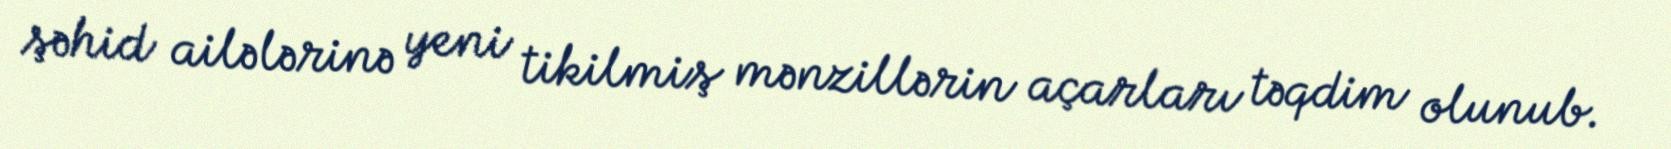
şəhid ailələrinə yeni tikilmiş mənzillərin açarları təqdim olunub.